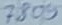
Text: 7809